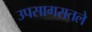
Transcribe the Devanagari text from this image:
उपसागरातले